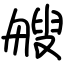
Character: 艘